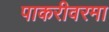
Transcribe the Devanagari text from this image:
पाकरीवरमा